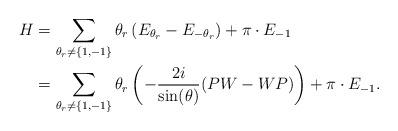
LaTeX: \begin{align*}H&=\sum_{\theta_r\neq \{1,-1\}}\theta_r\left(E_{\theta_r}-E_{-\theta_r}\right)+\pi\cdot E_{-1}\\&=\sum_{\theta_r\neq \{1,-1\}}\theta_r\left(-\frac{2i}{\sin(\theta)}(PW-WP)\right)+\pi\cdot E_{-1}.\end{align*}